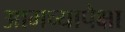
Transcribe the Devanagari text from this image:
आमच्यापेक्षा